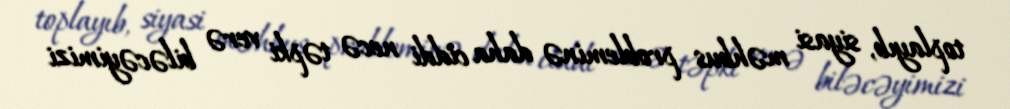
toplayıb, siyasi məhbus probleminə daha ciddi necə təpki verə biləcəyimizi